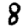
Digit: 8